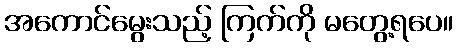
အကောင်မွေးသည့် ကြက်ကို မတွေ့ရပေ။